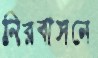
নিরবাসনে